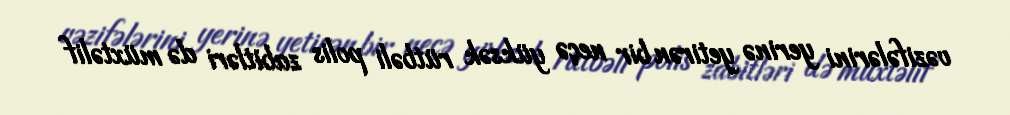
vəzifələrini yerinə yetirən bir neçə yüksək rütbəli polis zabitləri də müxtəlif